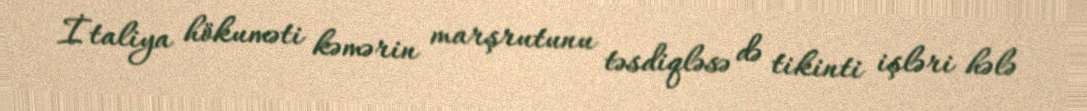
İtaliya hökuməti kəmərin marşrutunu təsdiqləsə də tikinti işləri hələ